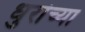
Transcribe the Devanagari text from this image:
धुरांच्या